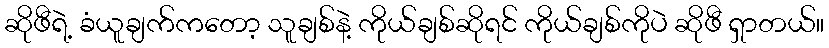
ဆိုဖီရဲ့ ခံယူချက်ကတော့ သူချစ်နဲ့ ကိုယ်ချစ်ဆိုရင် ကိုယ်ချစ်ကိုပဲ ဆိုဖီ ရှာတယ်။